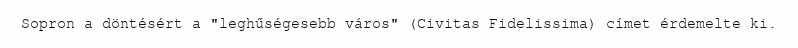
Sopron a döntésért a "leghűségesebb város" (Civitas Fidelissima) címet érdemelte ki.